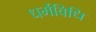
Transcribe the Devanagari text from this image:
धर्मविधि